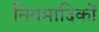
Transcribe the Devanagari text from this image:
नियमादिकों